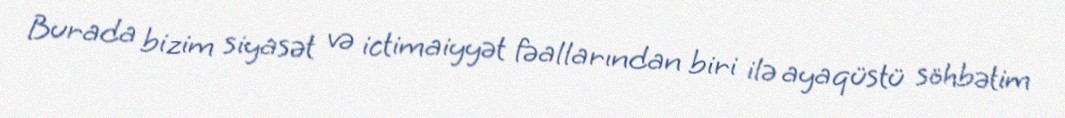
Burada bizim siyasət və ictimaiyyət fəallarından biri ilə ayaqüstü söhbətim